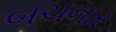
બચનાર